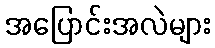
အပြောင်းအလဲများ